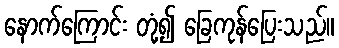
နောက်ကြောင်း တုံ့၍ ခြေကုန်ပြေးသည်။